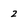
Character: 2